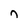
Character: n